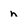
Character: n